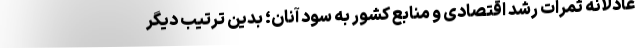
عادلانه ثمرات رشد اقتصادی و منابع کشور به سود آنان؛ بدین ترتیب دیگر